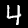
Digit: 4